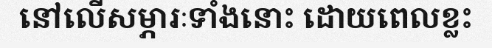
នៅលើសម្ភារៈទាំងនោះ ដោយពេលខ្លះ